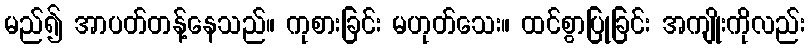
မည်၍ အာပတ်တန့်နေသည်။ ကုစားခြင်း မဟုတ်သေး။ ထင်စွာပြုခြင်း အကျိုးကိုလည်း